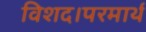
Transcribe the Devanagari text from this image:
विशद।परमार्थ